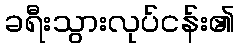
ခရီးသွားလုပ်ငန်း၏